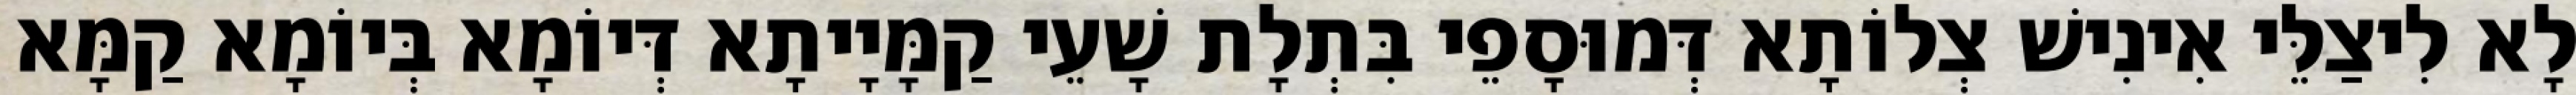
לָא לִיצַלֵּי אִינִישׁ צְלוֹתָא דְּמוּסָפֵי בִּתְלָת שָׁעֵי קַמָּיָיתָא דְּיוֹמָא בְּיוֹמָא קַמָּא